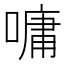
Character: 嘃